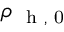
\rho _ { \mathrm { ~ \scriptsize ~ h ~ , ~ 0 ~ } }